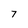
Character: 7